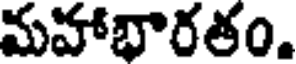
మహాభారతం.